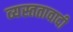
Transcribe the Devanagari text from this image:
व्यस्ततावादी